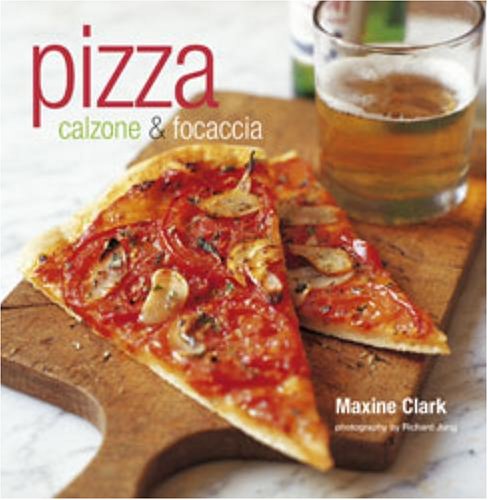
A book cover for Pizza: Calzone & Focaccia; Maxine Clark; Cookbooks, Food & Wine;